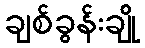
ချစ်ခွန်းချို